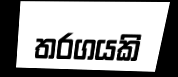
තරගයකි